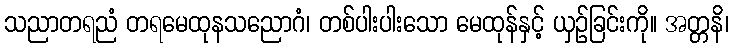
သညာတရညံ တရမေထုနသညောဂံ၊ တစ်ပါးပါးသော မေထုန်နှင့် ယှဉ်ခြင်းကို။ အတ္တနိ၊